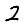
Digit: 2